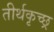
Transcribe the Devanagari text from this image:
तीर्थकृच्छ्र